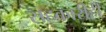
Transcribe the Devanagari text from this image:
सहकारीही